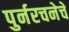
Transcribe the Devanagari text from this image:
पुर्नरचनेचे